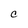
Character: C